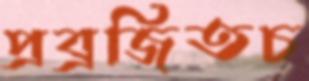
প্রব্রজিতচ